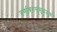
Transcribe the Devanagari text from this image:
वर्णाश्रमसमुद्भजवा